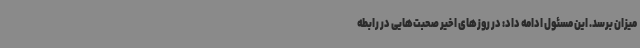
میزان برسد. این مسئول ادامه داد: در روزهای اخیر صحبت‌هایی در رابطه